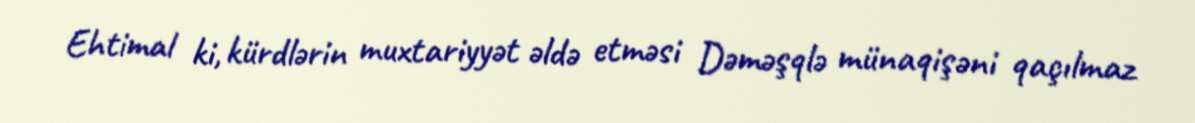
Ehtimal ki, kürdlərin muxtariyyət əldə etməsi Dəməşqlə münaqişəni qaçılmaz